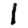
Digit: 1